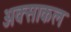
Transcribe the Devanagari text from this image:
अक्साकल